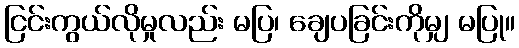
ငြင်းကွယ်လိုမှုလည်း မပြ၊ ချေပခြင်းကိုမျှ မပြု။